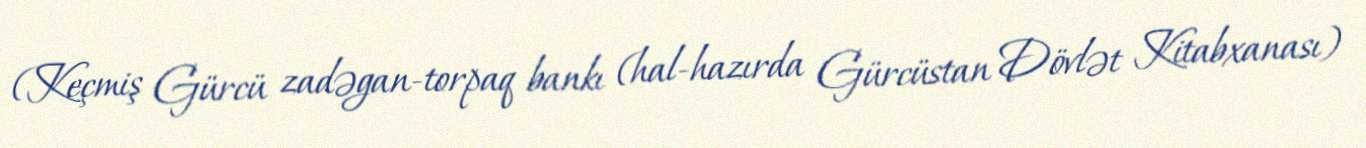
(Keçmiş Gürcü zadəgan-torpaq bankı (hal-hazırda Gürcüstan Dövlət Kitabxanası)